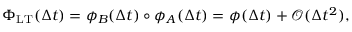
\Phi _ { \mathrm { L T } } ( \Delta t ) = \phi _ { B } ( \Delta t ) \circ \phi _ { A } ( \Delta t ) = \phi ( \Delta t ) + \mathcal { O } ( \Delta t ^ { 2 } ) ,